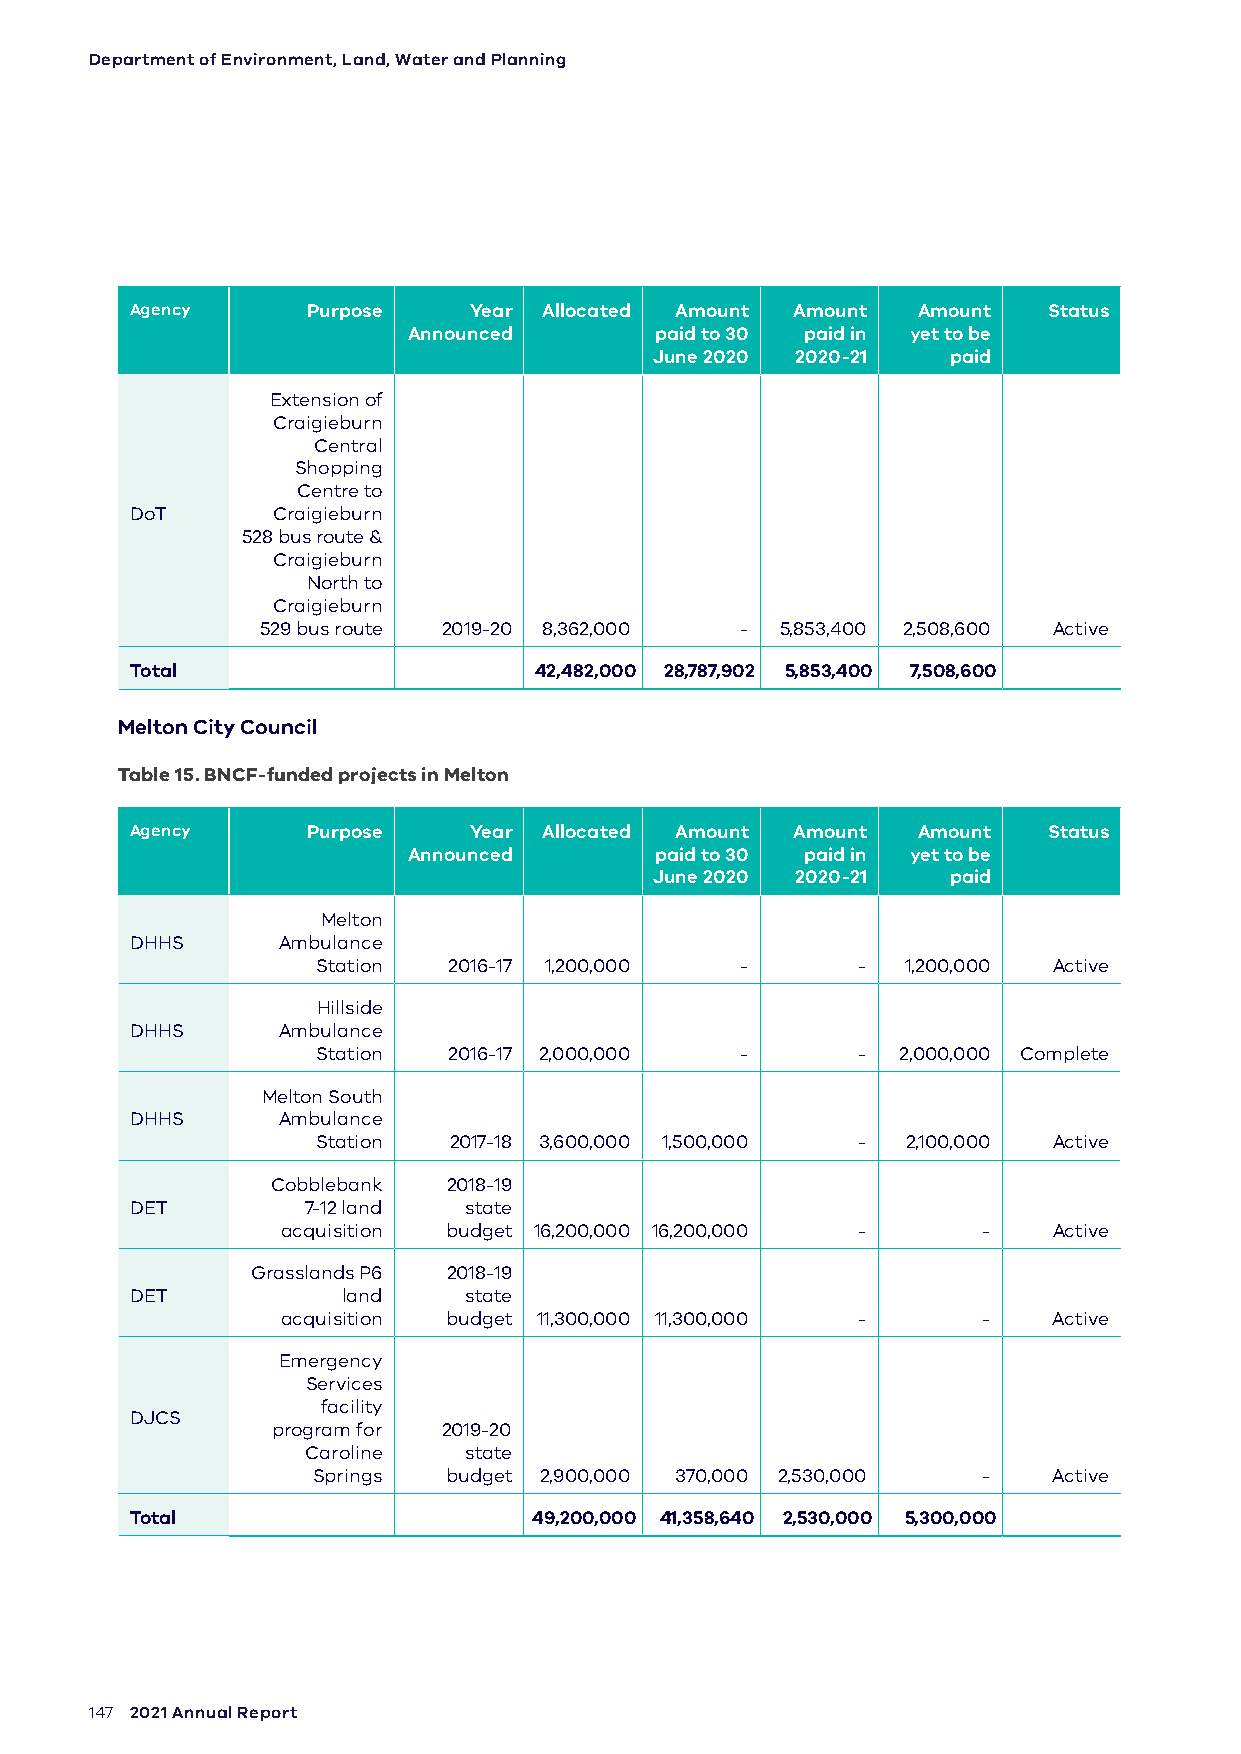
Department of Environment, Land, Water and Planning
 Agency     Purpose    Year Allocated Amount Amount  Amount  Status
 Announced       paid to 30 paid in yet to be
 June 2020 2020-21   paid
 Extension of
 Craigieburn
 Central
 Shopping
 Centre to
 DoT      Craigieburn
 528 bus route &
 Craigieburn
 North to
 Craigieburn
 529 bus route 2019-20 8,362,000 -  5,853,400 2,508,600 Active
 Total                     42,482,000 28,787,902 5,853,400 7,508,600
 Melton City Council
 Table 15. BNCF-funded projects in Melton
 Agency     Purpose    Year Allocated Amount Amount  Amount  Status
 Announced       paid to 30 paid in yet to be
 June 2020 2020-21   paid
 Melton
 DHHS     Ambulance
 Station  2016-17 1,200,000  -       -  1,200,000 Active
 Hillside
 DHHS     Ambulance
 Station  2016-17 2,000,000  -       - 2,000,000 Complete
 Melton South
 DHHS     Ambulance
 Station  2017-18 3,600,000 1,500,000 - 2,100,000 Active
 Cobblebank  2018-19
 DET        7-12 land  state
 acquisition budget 16,200,000 16,200,000 -    -    Active
 Grasslands P6 2018-19
 DET           land    state
 acquisition budget 11,300,000 11,300,000 -    -    Active
 Emergency
 Services
 facility
 DJCS
 program for 2019-20
 Caroline   state
 Springs budget 2,900,000 370,000 2,530,000  -    Active
 Total                     49,200,000 41,358,640 2,530,000 5,300,000
 147 2021 Annual Report